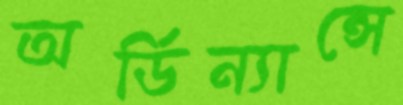
অর্ডিন্যান্সে